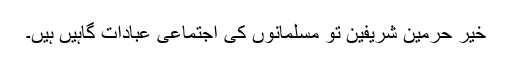
خیر حرمین شریفین تو مسلمانوں کی اجتماعی عبادات گاہیں ہیں۔